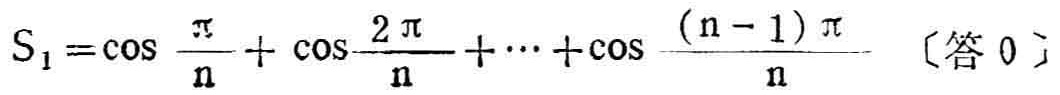
\(S_{1}=\cos\frac{\pi}{n}+\cos\frac{2\pi}{n}+\cdots+\cos\frac{(n - 1)\pi}{n}\) 〔答 \(0\)〕